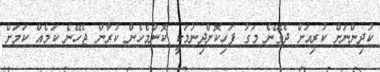
ކުދިންނަށް ކުރިއަށް ދެވޭނެ މަގު ފަހިކޮށްދިނުމަކީ ކޮންމެހެން ކުރާން ޖެހޭނެ ކަމެއް ކަމަށް